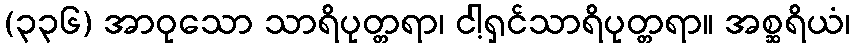
(၃၃၆) အာဝုသော သာရိပုတ္တရာ၊ ငါ့ရှင်သာရိပုတ္တရာ။ အစ္ဆရိယံ၊